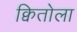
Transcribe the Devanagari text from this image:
क्वितोला